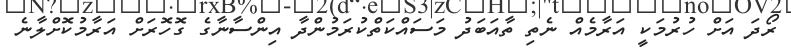
ރޯދަ އަށް ހުރުމަކީ އަރާމެއް ނެތި ތާއަބަދު މަސައްކަތްކުރަމުންދާ އިންސާނާގެ ގޮހޮރަށް އަރާމުކޮށްލާނެ